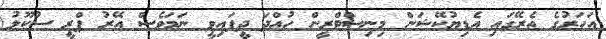
އަހަރުގެ ތެރޭގައި އެޑިޔުކޭޝަން މިނިސްޓްރީން ހުއްދަ ދީފައިވީ ނަމަވެސް އޭރު ޕްރީ ސުކޫލު